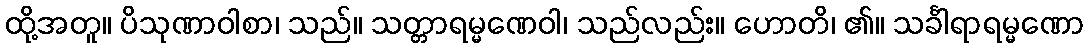
ထို့အတူ။ ပိသုဏာဝါစာ၊ သည်။ သတ္တာရမ္မဏေဝါ၊ သည်လည်း။ ဟောတိ၊ ၏။ သင်္ခါရာရမ္မဏော